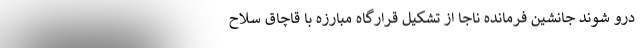
درو شوند جانشین فرمانده ناجا از تشکیل قرارگاه مبارزه با قاچاق سلاح